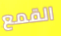
القمع